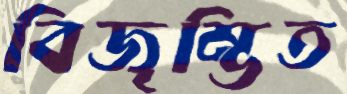
বিজৃম্ভিত